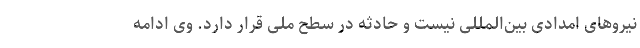
نیروهای امدادی بین‌المللی نیست و حادثه در سطح ملی قرار دارد. وی ادامه